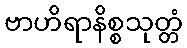
ဗာဟိရာနိစ္စသုတ္တံ